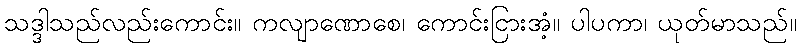
သဒ္ဒါသည်လည်းကောင်း။ ကလျာဏောစေ၊ ကောင်းငြားအံ့။ ပါပကာ၊ ယုတ်မာသည်။